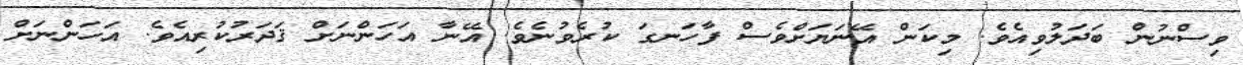
ވިސްނުން ބަދަލުވިއެވެ. މިކަން އޭނަޔަށްވެސް ފާހަނގަ ކުރެވުނެވެ. އޭނާ އަހަންނަށް ޤަދަރުކުރިއެވެ. އަހަންނަށް